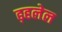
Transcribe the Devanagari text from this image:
ढ़हलेल